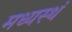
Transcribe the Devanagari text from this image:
मध्यस्थं